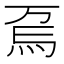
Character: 𱪽